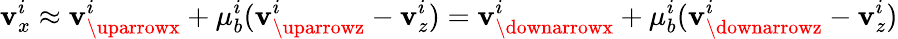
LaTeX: \mathbf{v}_{x}^{i}\approx\mathbf{v}_{\uparrowx}^{i}+\mu_{b}^{i}(\mathbf{v}_{\uparrowz}^{i}-\mathbf{v}_{z}^{i})=\mathbf{v}_{\downarrowx}^{i}+\mu_{b}^{i}(\mathbf{v}_{\downarrowz}^{i}-\mathbf{v}_{z}^{i})